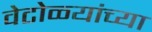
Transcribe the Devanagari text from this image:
वेटोळ्यांच्या